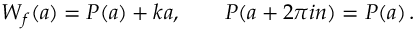
W _ { f } ( a ) = P ( a ) + k a , \qquad P ( a + 2 \pi i n ) = P ( a ) \, .